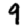
Digit: 9